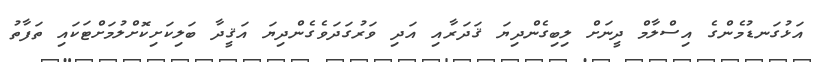
އަޅުގަނޑުމެންގެ އިސްލާމް ދީނަށް ލިބިގެންދިޔަ ޤަދަރާއި އަދި ވަރުގަދަވެގެންދިޔަ އަޤީދާ ބަލިކަށިކޮށްލުމަށްޓަކައި ތަފާތު